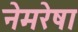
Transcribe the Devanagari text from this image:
नेमरेषा